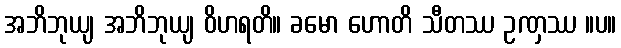
အဘိဘုယျ အဘိဘုယျ ဝိဟရတိ။ ခမော ဟောတိ သီတဿ ဥဏှဿ ။ပ။